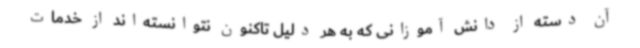
آن دسته از دانش آموزانی که به هر دلیل تاکنون نتوانسته‌اند از خدمات